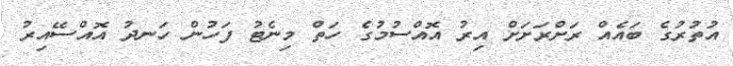
އުތުރުގެ ބައެއް ރަށްރަށަށް އިރު އޮއްސުމުގެ ހަތް މިނެޓު ފަހުން ހަނދު އޮއްސޭއިރު